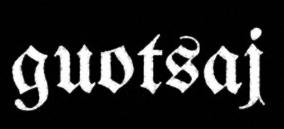
guotsaj